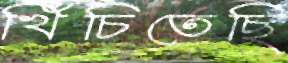
খিঁচিতেছি